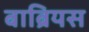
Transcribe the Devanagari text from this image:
बाब्रियस